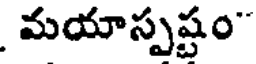
మయాస్పష్టం"